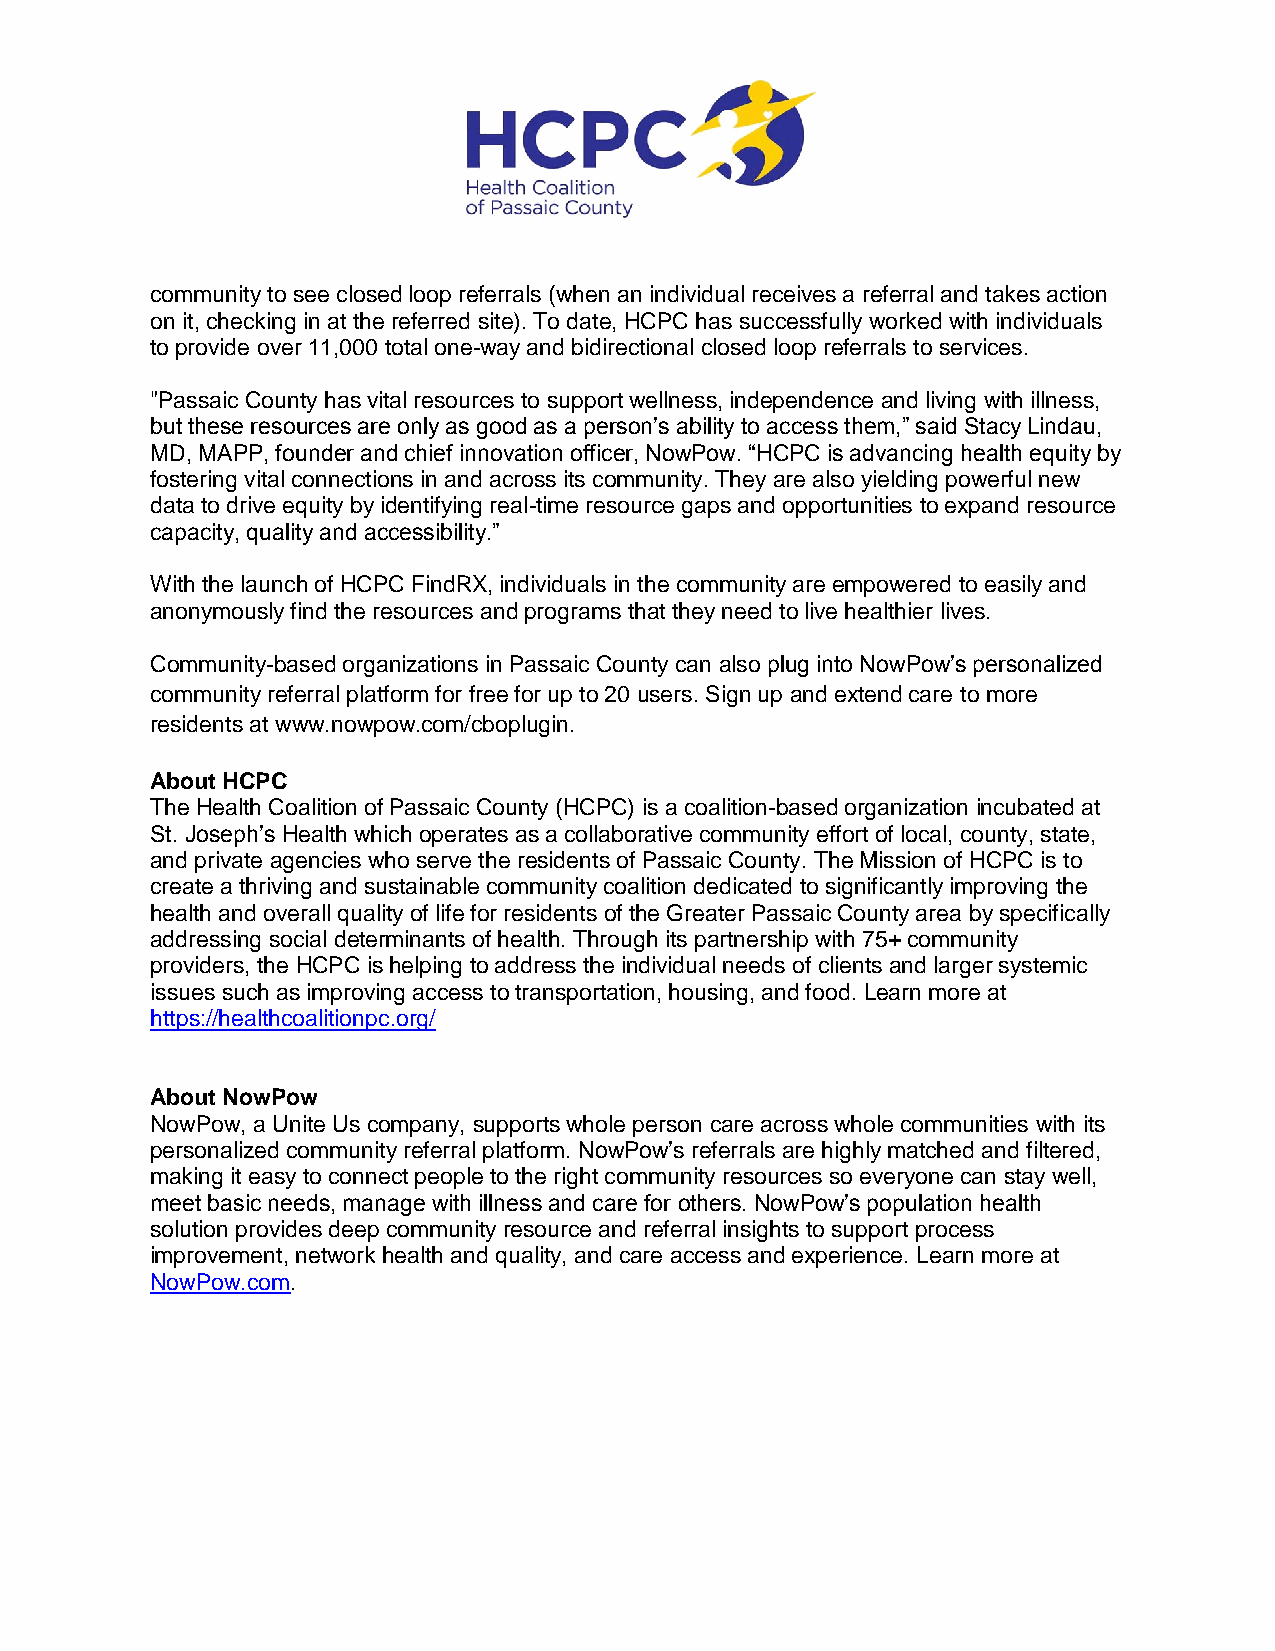
community to see closed loop referrals (when an individual receives a referral and takes action
 on it, checking in at the referred site). To date, HCPC has successfully worked with individuals
 to provide over 11,000 total one-way and bidirectional closed loop referrals to services.
 "Passaic County has vital resources to support wellness, independence and living with illness,
 but these resources are only as good as a person’s ability to access them,” said Stacy Lindau,
 MD, MAPP, founder and chief innovation officer, NowPow. “HCPC is advancing health equity by
 fostering vital connections in and across its community. They are also yielding powerful new
 data to drive equity by identifying real-time resource gaps and opportunities to expand resource
 capacity, quality and accessibility.”
 With the launch of HCPC FindRX, individuals in the community are empowered to easily and
 anonymously find the resources and programs that they need to live healthier lives.
 Community-based organizations in Passaic County can also plug into NowPow’s personalized
 community referral platform for free for up to 20 users. Sign up and extend care to more
 residents at www.nowpow.com/cboplugin.
 About HCPC
 The Health Coalition of Passaic County (HCPC) is a coalition-based organization incubated at
 St. Joseph’s Health which operates as a collaborative community effort of local, county, state,
 and private agencies who serve the residents of Passaic County. The Mission of HCPC is to
 create a thriving and sustainable community coalition dedicated to significantly improving the
 health and overall quality of life for residents of the Greater Passaic County area by specifically
 addressing social determinants of health. Through its partnership with 75+ community
 providers, the HCPC is helping to address the individual needs of clients and larger systemic
 issues such as improving access to transportation, housing, and food. Learn more at
 https://healthcoalitionpc.org/
 About NowPow
 NowPow, a Unite Us company, supports whole person care across whole communities with its
 personalized community referral platform. NowPow’s referrals are highly matched and filtered,
 making it easy to connect people to the right community resources so everyone can stay well,
 meet basic needs, manage with illness and care for others. NowPow’s population health
 solution provides deep community resource and referral insights to support process
 improvement, network health and quality, and care access and experience. Learn more at
 NowPow.com.